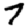
Digit: 7